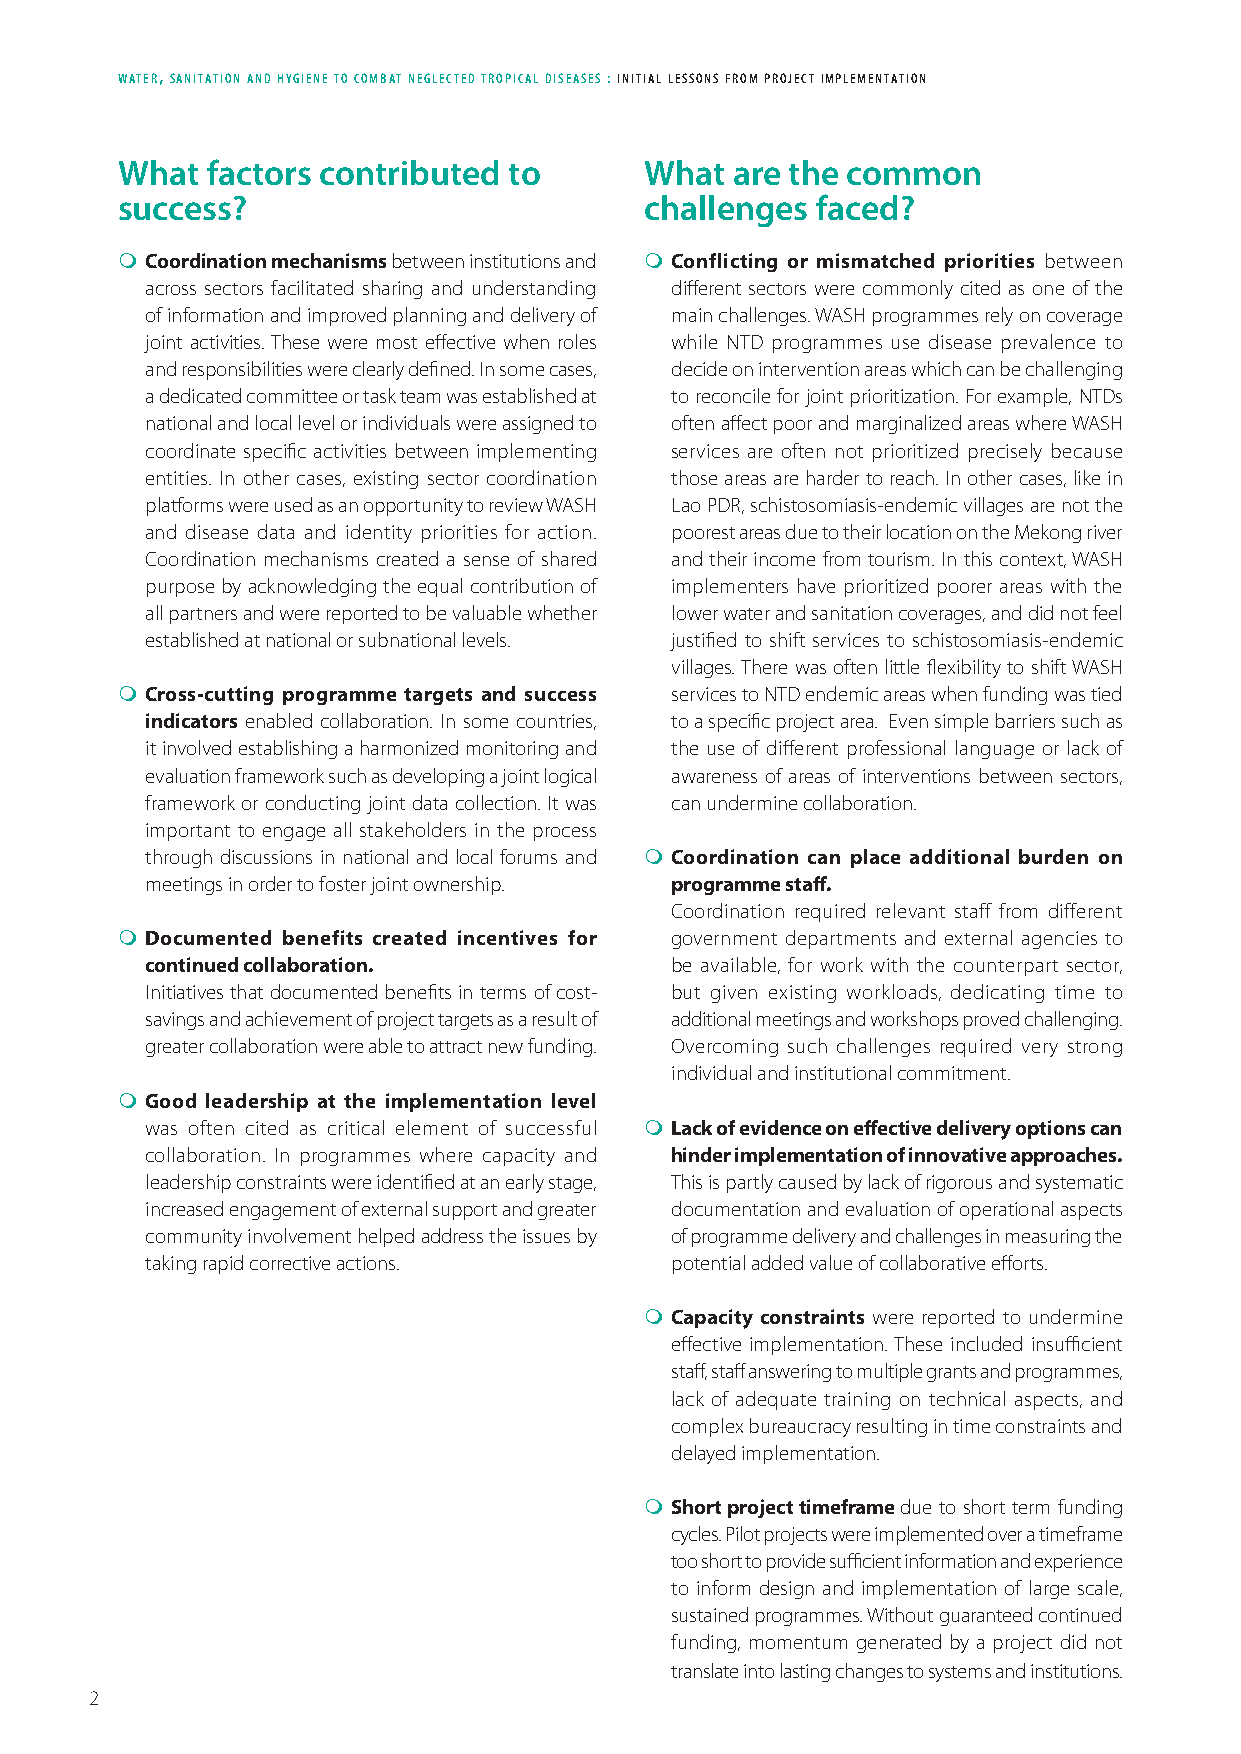
water, sanitation and hygiene to combat neglected tropical diseases : initial lessons from project implementation
 What  factors contributed to       What are the common
 success?                           challenges faced?
  Coordination mechanisms between institutions and  Conflicting or mismatched priorities between
 across sectors facilitated sharing and understanding different sectors were commonly cited as one of the
 of information and improved planning and delivery of main challenges. WASH programmes rely on coverage
 joint activities. These were most effective when roles while NTD programmes use disease prevalence to
 and responsibilities were clearly defined. In some cases, decide on intervention areas which can be challenging
 a dedicated committee or task team was established at to reconcile for joint prioritization. For example, NTDs
 national and local level or individuals were assigned to often affect poor and marginalized areas where WASH
 coordinate specific activities between implementing services are often not prioritized precisely because
 entities. In other cases, existing sector coordination those areas are harder to reach. In other cases, like in
 platforms were used as an opportunity to review WASH Lao PDR, schistosomiasis-endemic villages are not the
 and disease data and identity priorities for action. poorest areas due to their location on the Mekong river
 Coordination mechanisms created a sense of shared and their income from tourism. In this context, WASH
 purpose by acknowledging the equal contribution of implementers have prioritized poorer areas with the
 all partners and were reported to be valuable whether lower water and sanitation coverages, and did not feel
 established at national or subnational levels. justified to shift services to schistosomiasis-endemic
 villages. There was often little flexibility to shift WASH
  Cross-cutting programme targets and success services to NTD endemic areas when funding was tied
 indicators enabled collaboration. In some countries, to a specific project area. Even simple barriers such as
 it involved establishing a harmonized monitoring and the use of different professional language or lack of
 evaluation framework such as developing a joint logical awareness of areas of interventions between sectors,
 framework or conducting joint data collection. It was can undermine collaboration.
 important to engage all stakeholders in the process
 through discussions in national and local forums and  Coordination can place additional burden on
 meetings in order to foster joint ownership. programme staff.
 Coordination required relevant staff from different
  Documented benefits created incentives for government departments and external agencies to
 continued collaboration.          be available, for work with the counterpart sector,
 Initiatives that documented benefits in terms of cost- but given existing workloads, dedicating time to
 savings and achievement of project targets as a result of additional meetings and workshops proved challenging.
 greater collaboration were able to attract new funding. Overcoming such challenges required very strong
 individual and institutional commitment.
  Good leadership at the implementation level
 was often cited as critical element of successful  Lack of evidence on effective delivery options can
 collaboration. In programmes where capacity and hinder implementation of innovative approaches.
 leadership constraints were identified at an early stage, This is partly caused by lack of rigorous and systematic
 increased engagement of external support and greater documentation and evaluation of operational aspects
 community involvement helped address the issues by of programme delivery and challenges in measuring the
 taking rapid corrective actions.  potential added value of collaborative efforts.
  Capacity constraints were reported to undermine
 effective implementation. These included insufficient
 staff, staff answering to multiple grants and programmes,
 lack of adequate training on technical aspects, and
 complex bureaucracy resulting in time constraints and
 delayed implementation.
  Short project timeframe due to short term funding
 cycles. Pilot projects were implemented over a timeframe
 too short to provide sufficient information and experience
 to inform design and implementation of large scale,
 sustained programmes. Without guaranteed continued
 funding, momentum generated by a project did not
 translate into lasting changes to systems and institutions.
 2